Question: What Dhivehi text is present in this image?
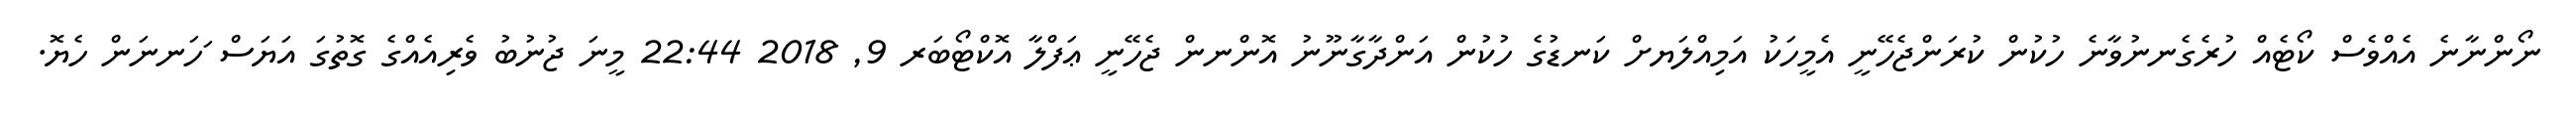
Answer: ނޯންނާނެ އެއްވެސް ކޯޓެއް ހުރެގެނނުވާނެ ހުކުން ކުރަންޖެހޭނީ އެމީހަކު އަމިއްލަޔށް ކަނޑުގެ ހުކުން އަންދާގާނޫނު އޮންނން ޖެހޭނީ ޢަފްލާ އޮކްޓޯބަރ 9, 2018 22:44 މީނަ ޖުނުބު ވެރިއެއްގެ ގޮތުގަ އަޔަސް ަހަނނަން ހެޔޮ.